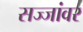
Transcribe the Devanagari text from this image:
सज्जांवर